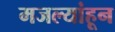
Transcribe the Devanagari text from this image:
मजल्यांहून